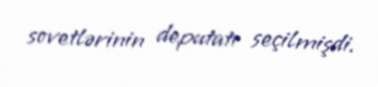
sovetlərinin deputatı seçilmişdi.